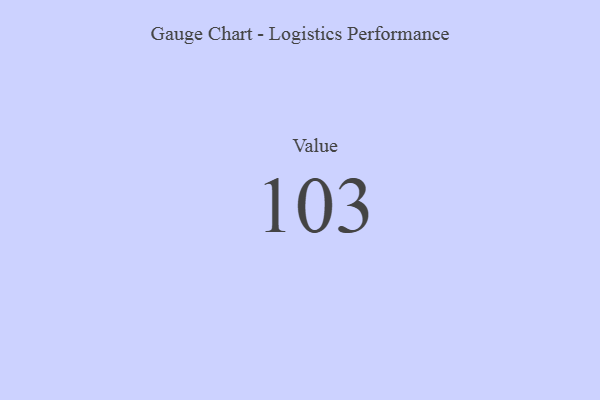
{"axis": {"x": "Metric", "y": "Value"}, "legend": [""], "data": [{"x": "Value", "y": 103, "type": ""}]}